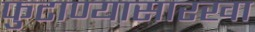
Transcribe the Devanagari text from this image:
फुटाण्यासारखा